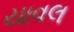
યાવલ